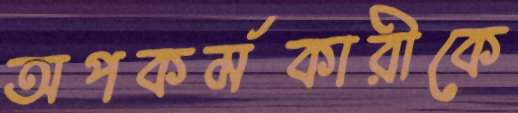
অপকর্মকারীকে